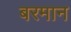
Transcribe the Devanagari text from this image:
बरमान